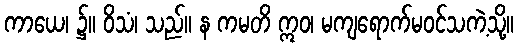
ကာယေ၊ ၌။ ဝိသံ၊ သည်။ န ကမတိ ဣဝ၊ မကျရောက်မဝင်သကဲ့သို့။